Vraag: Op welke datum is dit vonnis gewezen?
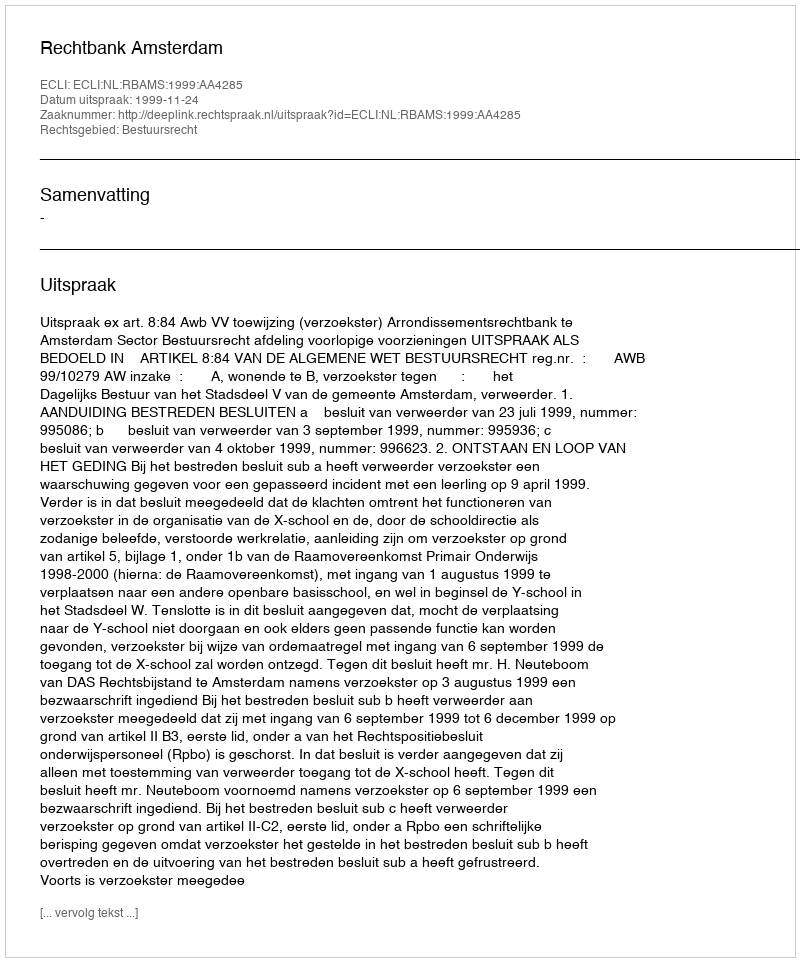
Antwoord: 1999-11-24